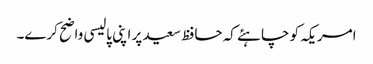
امریکہ کو چاہئے کہ حافظ سعید پر اپنی پالیسی واضح کرے۔